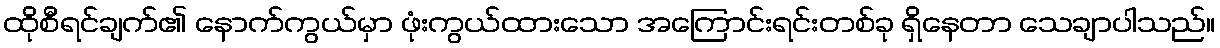
ထိုစီရင်ချက်၏ နောက်ကွယ်မှာ ဖုံးကွယ်ထားသော အကြောင်းရင်းတစ်ခု ရှိနေတာ သေချာပါသည်။